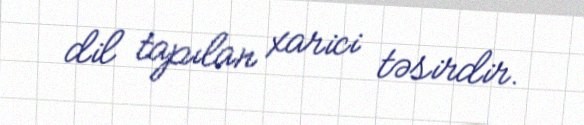
dil tapılan xarici təsirdir.